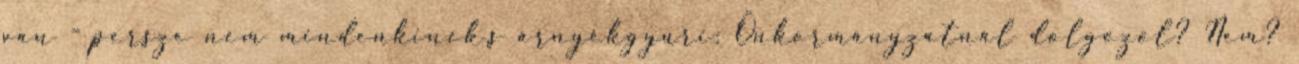
van - persze nem mindenkinek.s árnyékgyuri: Önkormányzatnál dolgozol? Nem?